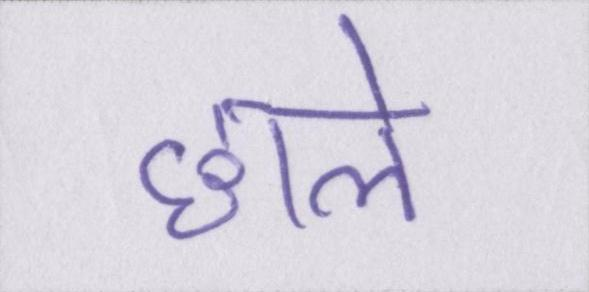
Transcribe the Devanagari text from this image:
छाले